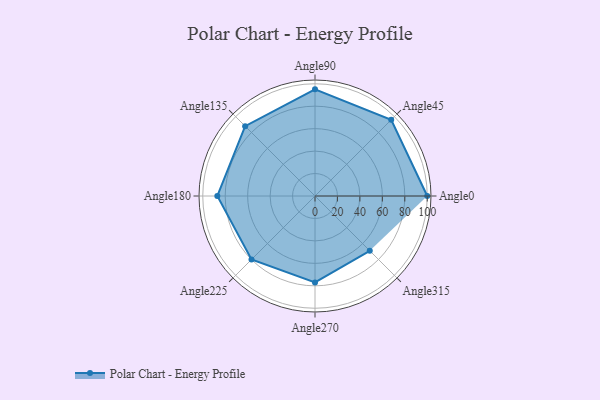
{"axis": {"x": "Angle", "y": "Radius"}, "legend": [""], "data": [{"x": "Angle0", "y": 100.0, "type": ""}, {"x": "Angle45", "y": 96.0, "type": ""}, {"x": "Angle90", "y": 95.0, "type": ""}, {"x": "Angle135", "y": 88.0, "type": ""}, {"x": "Angle180", "y": 87.0, "type": ""}, {"x": "Angle225", "y": 80.0, "type": ""}, {"x": "Angle270", "y": 77.0, "type": ""}, {"x": "Angle315", "y": 69.0, "type": ""}]}